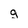
Character: g